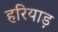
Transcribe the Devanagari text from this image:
हरियाड़